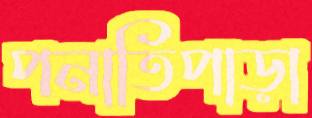
পনাতিপাড়া